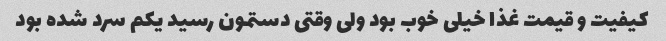
کیفیت و قیمت غذا خیلی خوب بود ولی وقتی دستمون رسید یکم سرد شده بود